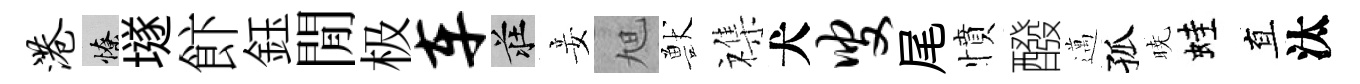
港憭𡑞飰鈺閒极车莊妾旭獸襍犬叟尾憤醱邁孤暁蛙直汰